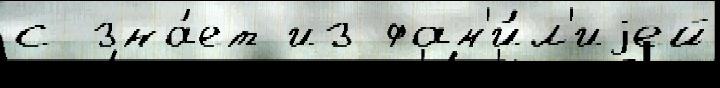
с зна́ет из фам'и́л'иjей